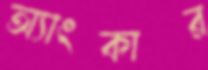
অ্যাংকার